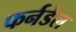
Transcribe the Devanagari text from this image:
फर्नडेल